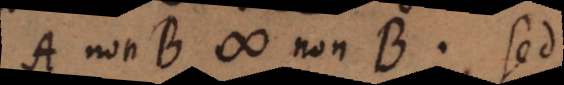
A non B # non B. Sed